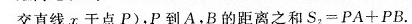
交直线x于点P)，P到A，B的距离之和$$S _ { 2 } = P A + P B$$。